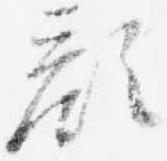
顔